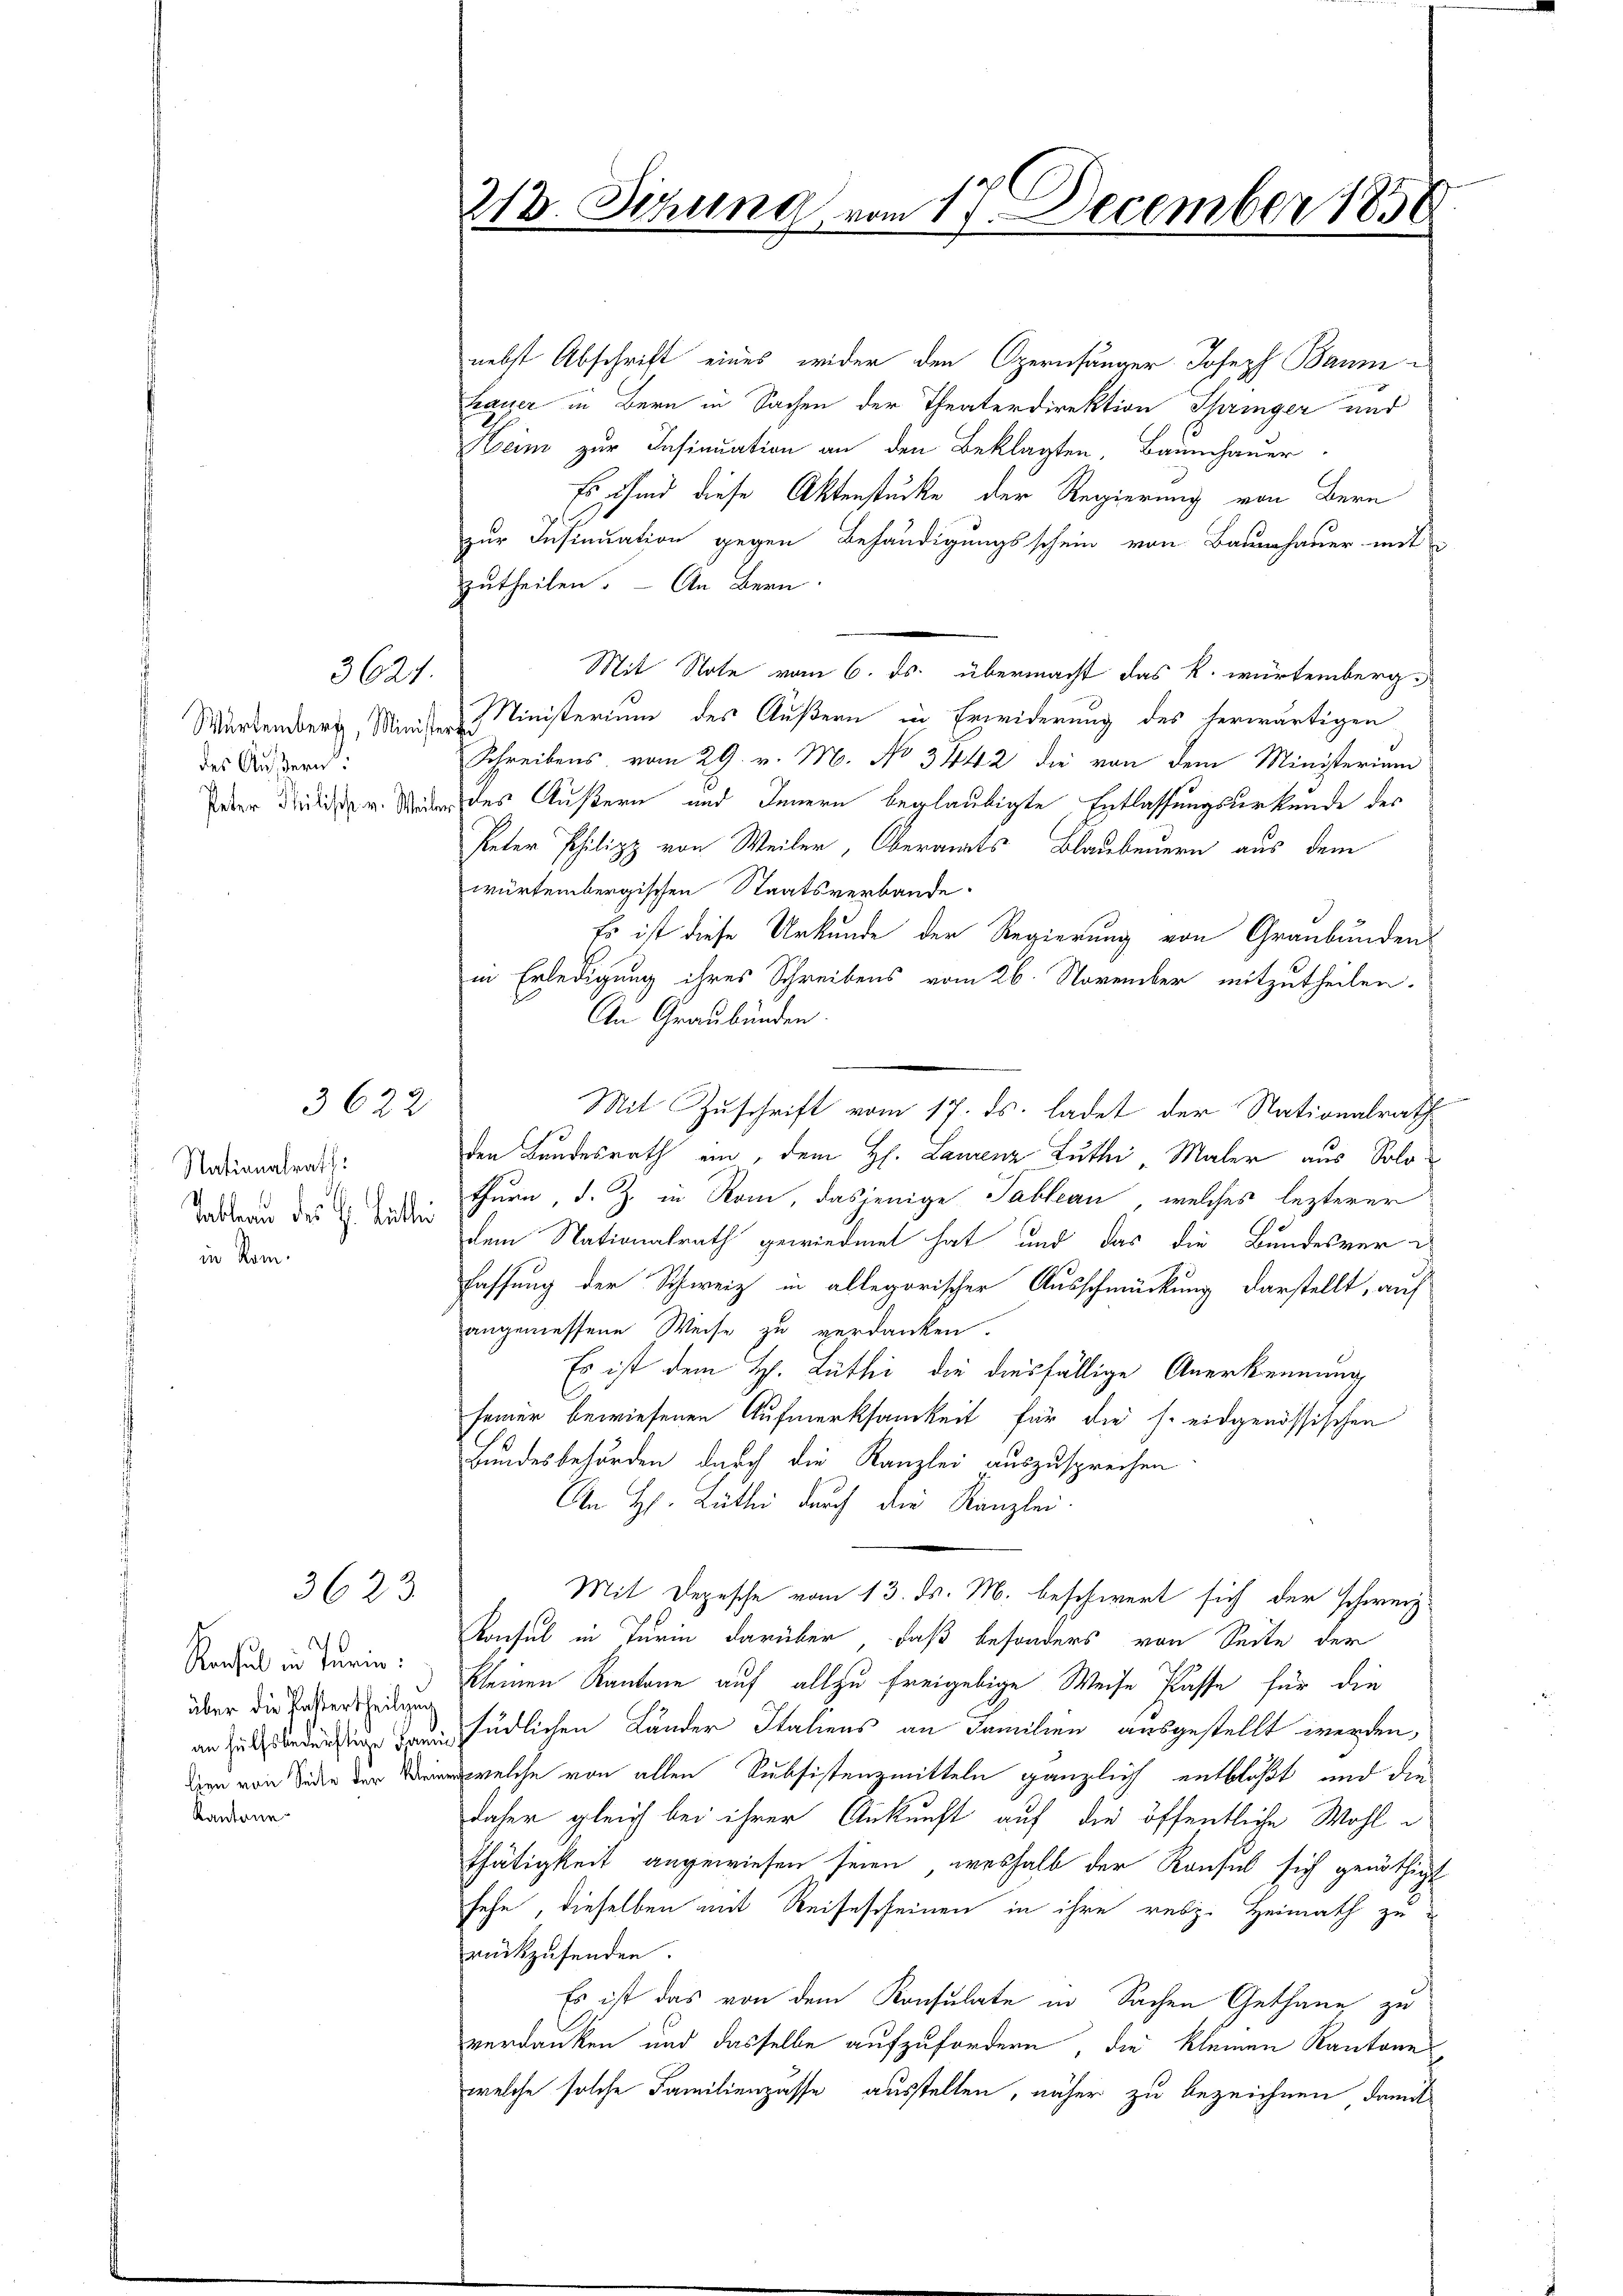
Wartemberg, Ministe
des Äußern.
Peter Philisch v. Weil

Kantone

3621.

Nationalrath:
Tableau des G. Bittei
in Kom¬

3622

3623

0
Konsul in Turin:
über die Pastertheilung
an hülfsbedürftige Fam
lien von Seite der Klein

213. Sitzung vom 17. December 183

nebst Abschrift eines wider den Opernsänger Joseph Baum¬
Lauer in Bern in Sachen der Theaterdirektion Springer und
21.
Heim zur Insinuation an den Beklagten, Baumhauer
Es sind diese Aktenstücke der Regierung von Bern
1
zur Insinuation gegen Behändigungsschein von Bauhauer mit
zutheilen. – An Bern
Mit Note vom 6. ds. übermacht das k. würtemberg.
Ministerium des Äußern in Erwiderung des herwärtigen
f
Schreibens vom 29. v. M. No 3442 die von dem Ministerium
 des Äußern und Innern beglaubigte Entlassungsurkunde des
Peter Philipp von Weiler, Oberamts Blaubenern aus dem
würtembergischen Staatsverbande.
Es ist diese Urkunde der Regierung von Graubünden
in Erledigung ihres Schreibens vom 26. November mitzutheilen.
An Graubünden.
den Bundesrath ein, dem H. Laurenz Luthei Maler aus Solothurn, d. Z. in Rom, dasjenige Tableau, welches lezterer
dem Nationalrath gewiedmet hat und das die Bundesver-
fassung der Schweiz in allegorischer Ausschmückung darstellt, auf
angemessene Weise zu verdanken.
Es ist dem H. Lüthi die diesfällige Anerkennung
seiner bewiesenen Aufmerksamkeit für die s. eidgenössischen
Bundesbehörden durch die Kanzlei auszusprechen
An H. Lüther durch die Kanzlei-
Mit Depesche vom 13. ds. M. beschwert sich der schwerz
Konsul in Turin darüber daß besonders von Seite der
kleinen Kantone auf allzu freigebige Weise Pässe für die
südlichen Länder Italiens an Familien ausgestellt werden,
welche von allen Subsistenzmitteln gänzlich entblößt und die
daher gleich bei ihrer Ankunft auf die öffentliche Wohlthätigkeit angewiesen seien, weshalb der Konsul sich genöthigt
sehe, dieselben mit Reisescheinen in ihre resp. Heimath zu
rückzusenden.
Es ist das von dem Konsulate in Sachen Gethane zu
verdanken und dasselbe aufzufordern, die kleinen Kantone
welche solche Familienpasse ausstellen, näher zu bezeichnen, damit

Mit Zuschrift vom 17. ds. ladet der Nationalrath